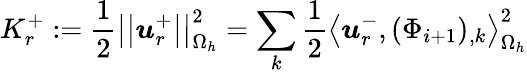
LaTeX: K_{r}^{+}:=\frac{1}{2}\left|\left|\boldsymbol{u}_{r}^{+}\right|\right|_{\Omega_{h}}^{2}=\sum_{k}\frac{1}{2}\left<\boldsymbol{u}_{r}^{-},(\Phi_{i+1})_{,k}\right>_{\Omega_{h}}^{2}